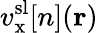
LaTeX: v_{\mathrm{x}}^{\mathrm{sl}}[n](\mathbf{r})